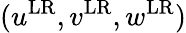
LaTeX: (u^{\mathrm{LR}},v^{\mathrm{LR}},w^{\mathrm{LR}})